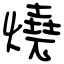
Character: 燒